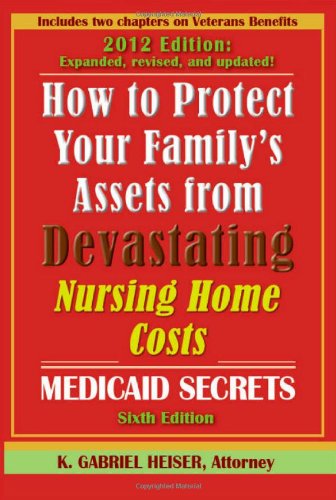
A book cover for "How to Protect Your Family's Assets from Devastating Nursing Home Costs: Medicaid Secrets (6th edition)"; K. Gabriel Heiser; Medical Books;